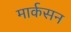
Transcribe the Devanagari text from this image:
मार्कसन